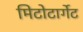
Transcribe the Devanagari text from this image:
मिटोटार्गेट